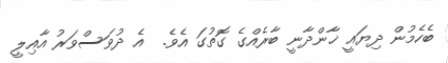
ބެހެމުން ދިޔައީ ޚާންދާނީ ބާރެއްގެ ގޮތުގަ އެވެ.  އެ ދުވަސްވަރު އާއިލީ